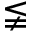
\lneqq